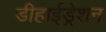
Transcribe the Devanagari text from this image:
डीहाईड्रेशन